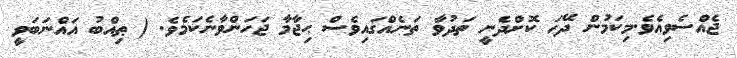
ޖެއްސެވިއެވެ.މިކަމުން ދޭހަ ކޮށްދެނީ ތަދުވާ ތަނެއްގައިވެސް ޙިޖާމާ ޖަހަންވާނެކަމެވެ. ( ޠިއްބު އައްނަބަވީ